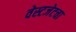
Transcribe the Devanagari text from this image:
वेस्टजेटचा